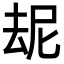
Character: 𪠝